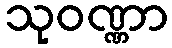
သုဝဏ္ဏာ